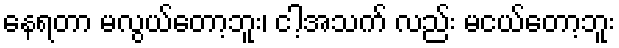
နေရတာ မလွယ်တော့ဘူး၊ ငါ့အသက် လည်း မငယ်တော့ဘူး